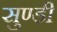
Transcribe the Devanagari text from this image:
सुण्डी